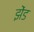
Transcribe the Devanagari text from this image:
झेंड